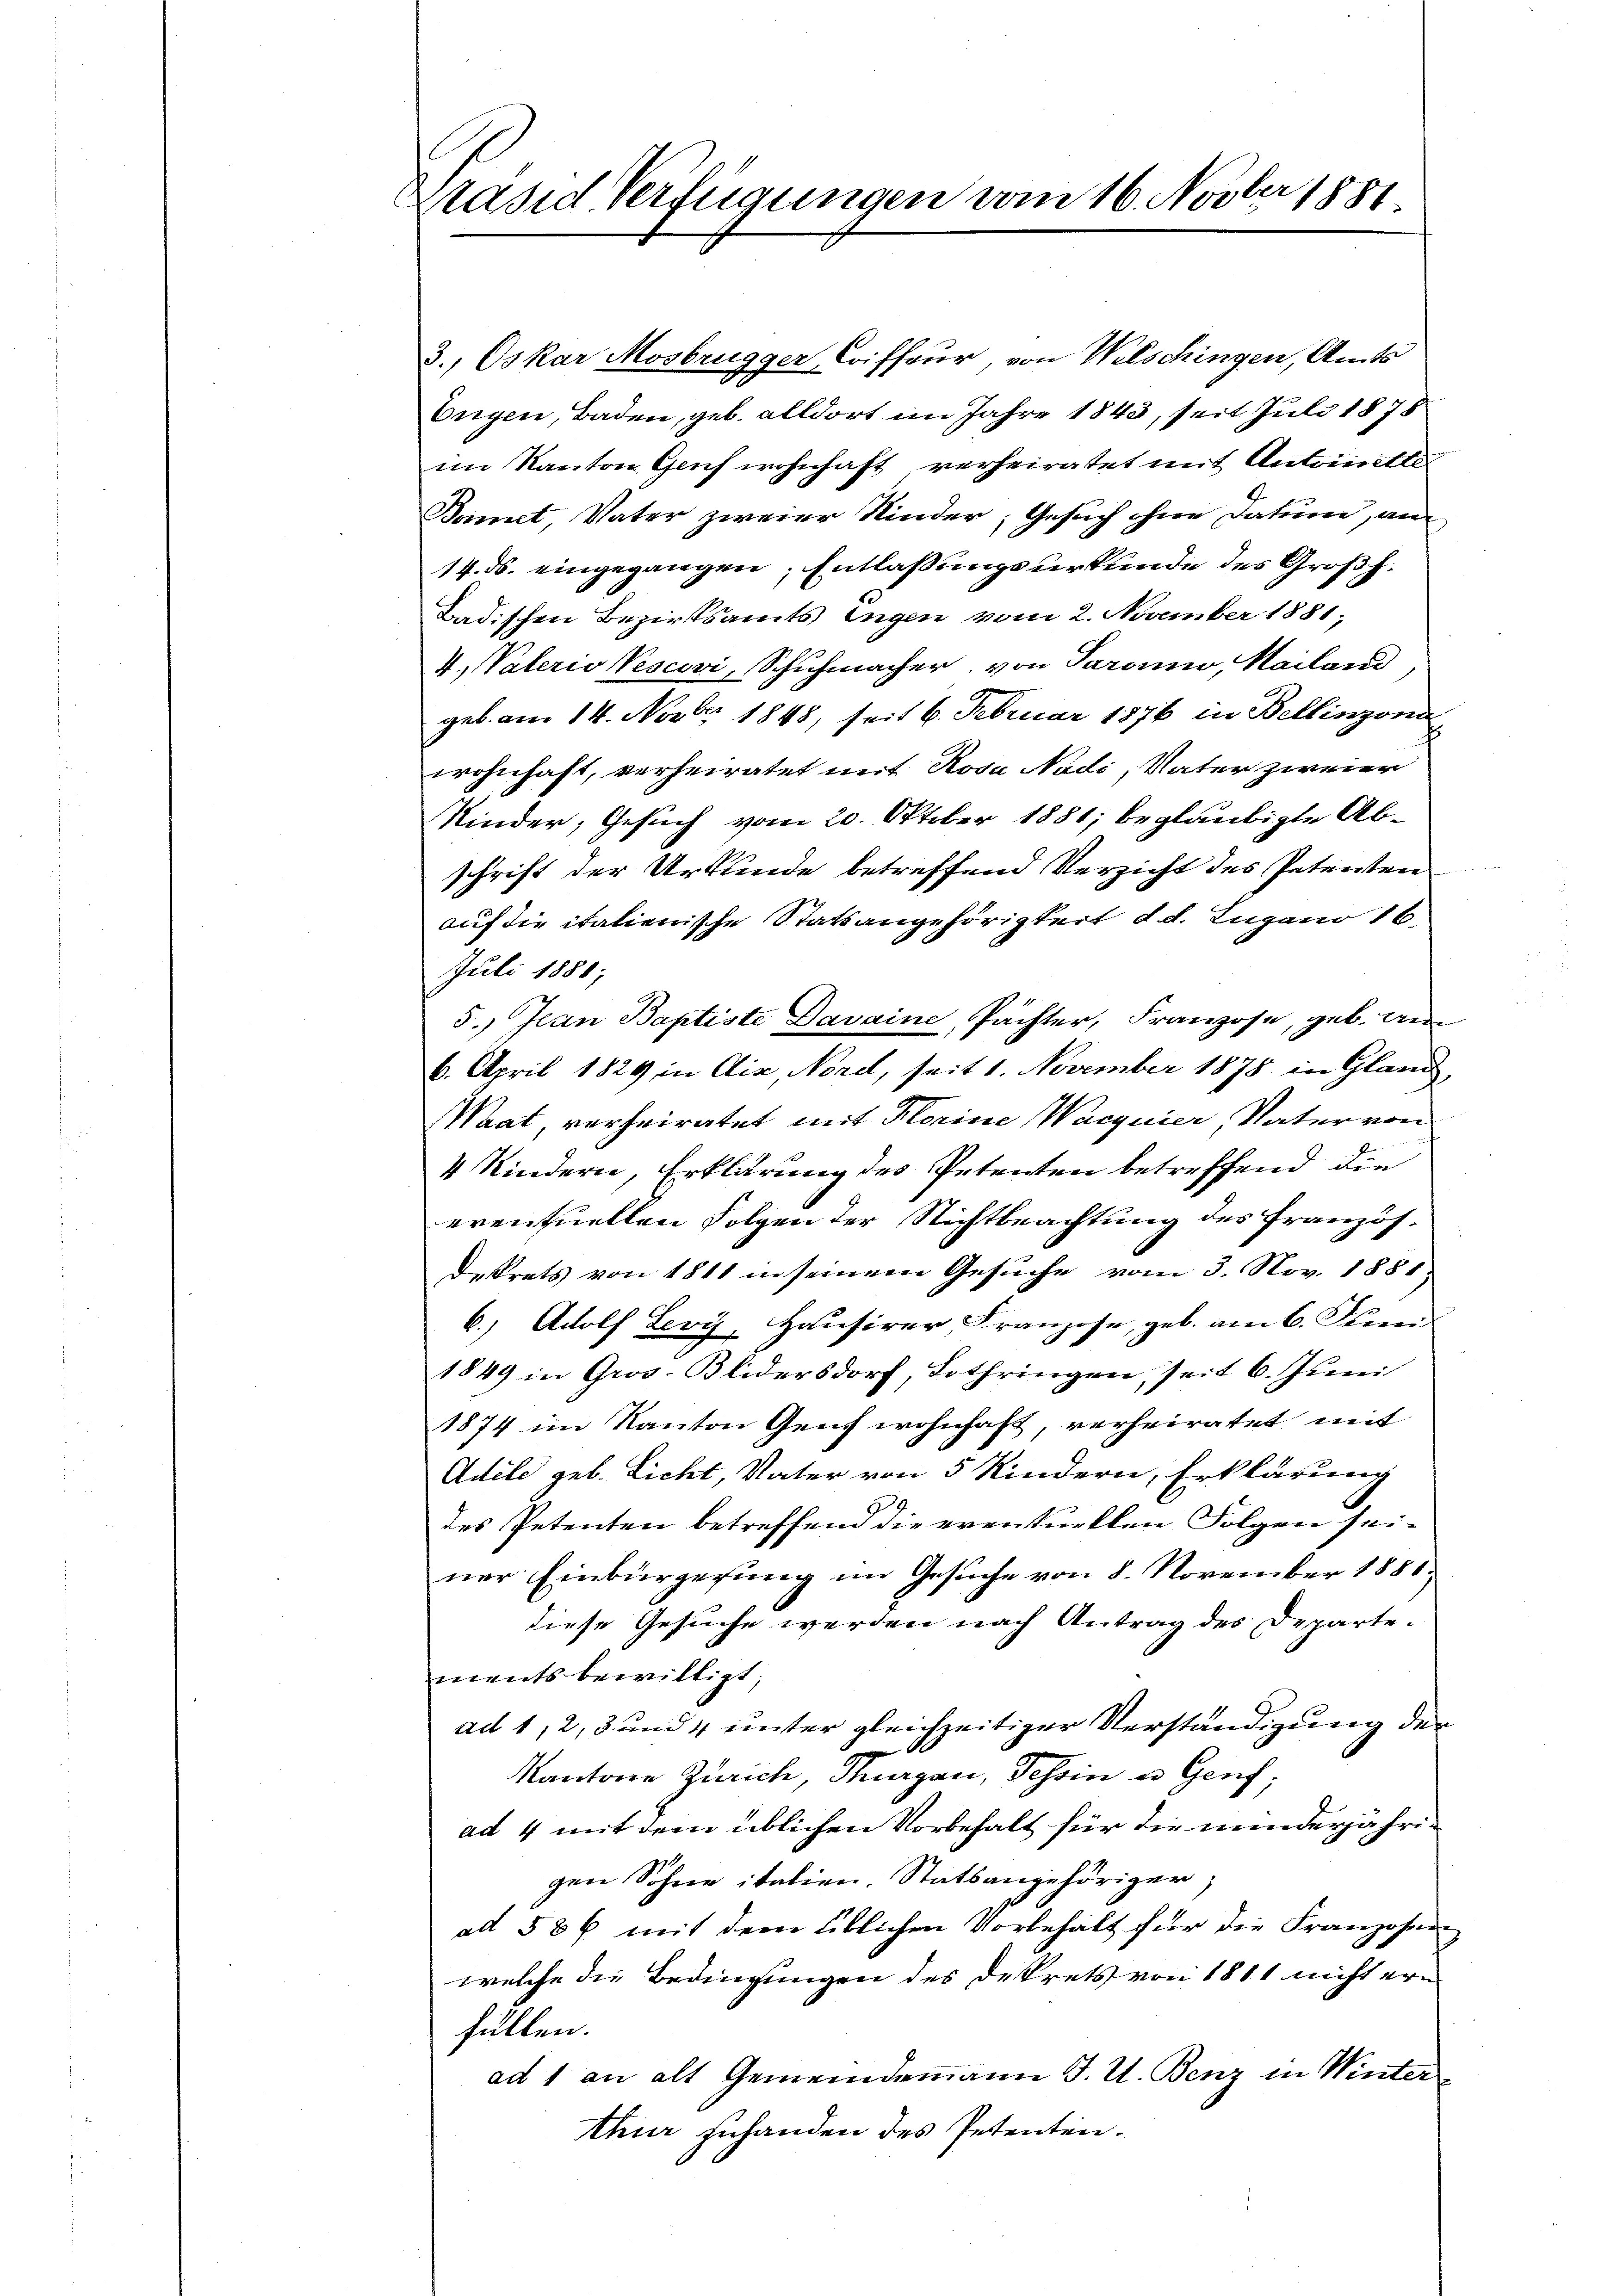
Prasid Verfügungen vom 16. Novber 1881

3., Oskar Mosbrügger, Coiffeur, von Welschingen, Amts
Eigen, Baden, geb. alldort im Jahre 1843, seit Juli 1878
im Kanton Genf wohnhaft verheiratet mit Antoinitter
Bonet, Vater zweier Kinder; Gesuch ohne Datum, an
14. ds. eingegangen, Entlassungsurkunde des Großh.
Badischen Bezirksamts Engen vom 2. November 1881;
V. Vaterio Vescovi, Schuhmacher, von Paranno, Mailand,
geb. am 14. Novbr 1848, seit 6. Februar 1876 in Bellinzona
wohnhaft, verheiratet mit Rosa Nadi, Vater zweier
Kinder, Gesuch vom 20. Oktober 1881; beglaubigte Abschrift der Urkunde betreffend Verzicht des Petenten
auf die italienische Statsangehörigkeit d. d. Lugano 16.
Juli 1881;
5.) Jean Baptiste Davaine, Pächter, Franzose, geb. an
6. April 1829 in Aix, Nord, seit 1. November 1878 in Gland,
Waat, verheiratet mit Herine Wacquier, Vater von
4 Kindern, Erklärung des Petenten betreffend die
eventuellen Folgen der Nichtbeachtung des Französ.
Dekrets von 1811 in seinem Gesuche vom 3. Nov. 1881
6.) Adolf Lery, Hausirer, Franzose, geb. am 6. Juni
1849 in Gros. Blidersdorf, Lothringen, seit 6. Juni
1874 im Kanton Genf wohnhaft, verheiratet mit
Adele geb. Licht, Vater von 5 Kindern, Erklärung
des Petenten betreffend die eventuellen Folgen seiner Einbürgerung im Gesuche von 8. November 1881,
diese Gesuche werden nach Antrag des Departe-
mentsbewilligt;
ad 1, 2, 3 und 4 unter gleichzeitiger Verständigung der
Kantone Zürich, Thurgau, Tessin es Genf,
ad 4 mit dem üblichen Vorbehalt für die minderjährigen Sohne italien. Statsangehöriger,
ad 586 mit dem üblichen Vorbehält für die Franzosen-
welche die Bedingungen des Dekrets von 1811 nicht ern
füllen.
ad 1 an alt Gemeindemann J. U. Benz in Winter
thur zuhanden des Petenten.